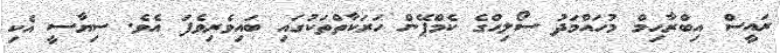
ރައީސް އިބްރާހިމް މުހައްމަދު ސޯލިހްގެ ކެމްޕޭން ހަރަކާތްތަކުގައި ބައިވެރިވެފަ އެވެ. ސިޔާސީ އެކި